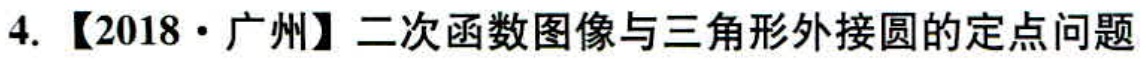
4.【2018·广州】二次函数图像与三角形外接圆的定点问题